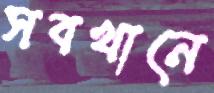
সবখানে